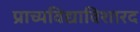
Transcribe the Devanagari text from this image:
प्राच्यविद्याविशारद